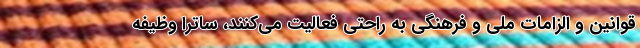
قوانین و الزامات ملی و فرهنگی به راحتی فعالیت می‌کنند، ساترا وظیفه